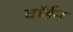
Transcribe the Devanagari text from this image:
वॉर्डन